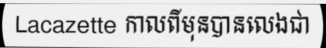
Lacazette កាលពីមុនបានលេងជា